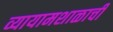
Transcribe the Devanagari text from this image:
व्यायामशाळाची